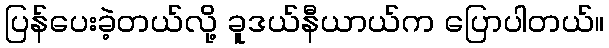
ပြန်ပေးခဲ့တယ်လို့ ခူဒယ်နီယာယ်က ပြောပါတယ်။